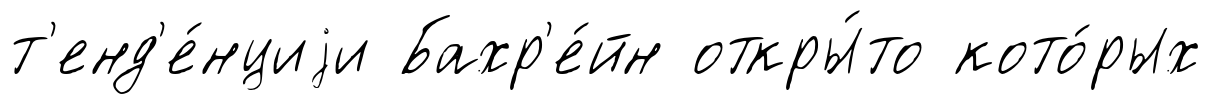
т'енд'е́нциjи Бахр'е́йн откры́то кото́рых